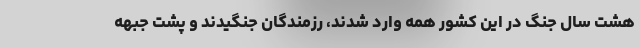
هشت سال جنگ در این کشور همه وارد شدند، رزمندگان جنگیدند و پشت جبهه